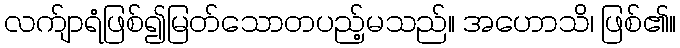
လက်ျာရံဖြစ်၍မြတ်သောတပည့်မသည်။ အဟောသိ၊ ဖြစ်၏။